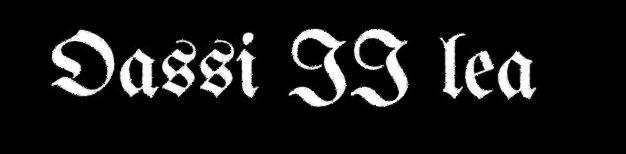
Oassi II lea